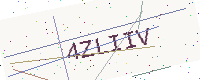
Text: 4ZLIIV